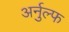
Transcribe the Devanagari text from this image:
अर्नुल्फ